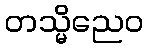
တသ္မိညေဝ